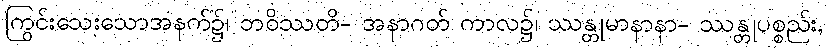
ကြွင်းသေးသောအနက်၌၊ ဘဝိဿတိ- အနာဂတ် ကာလ၌၊ ဿန္တုမာနာနာ- ဿန္တုပစ္စည်း,